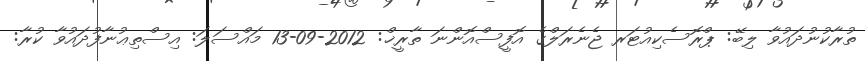
ތުރާކުނުދައުވާ ލިބޭ: ޕްރޮސެކިއުޓަރ ޖެނެރަލްގެ އޮފީސްއޮންނަ ތާރީޚް: 2012-09-13 މައްސަލަ: އިސްތިޢުނާފުދައުވާ ކުރާ: